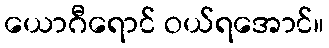
ယောဂီရောင် ဝယ်ရအောင်။